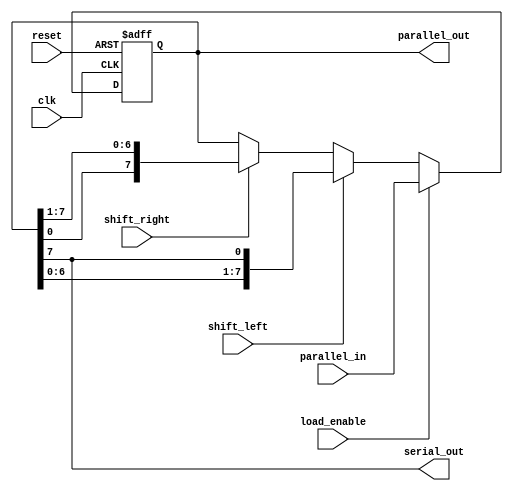
module Universal_Shift_Register (
    input wire clk,
    input wire reset,
    input wire shift_left,
    input wire shift_right,
    input wire load_enable,
    input wire[7:0] parallel_in,
    output wire[7:0] parallel_out,
    output wire serial_out
);

reg [7:0] register_data;

always @(posedge clk or posedge reset) begin
    if (reset) begin
        register_data <= 8'b0;
    end else begin
        if (load_enable) begin
            register_data <= parallel_in;
        end else begin
            if (shift_left) begin
                register_data <= {register_data[6:0], register_data[7]};
            end else if (shift_right) begin
                register_data <= {register_data[0], register_data[7:1]};
            end
        end
    end
end

assign parallel_out = register_data;
assign serial_out = register_data[7];

endmodule